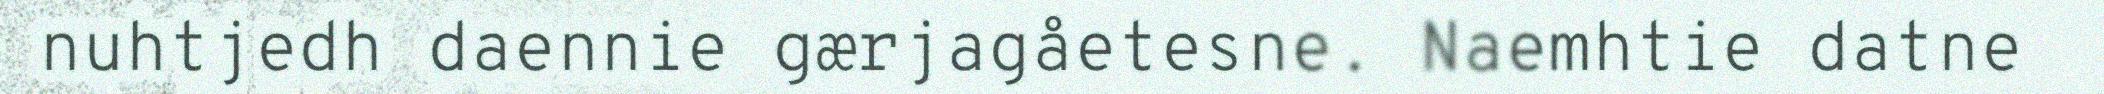
nuhtjedh daennie gærjagåetesne. Naemhtie datne